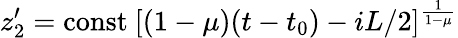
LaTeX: z_{2}^{\prime}=\mathrm{const}~[(1-\mu)(t-t_{0})-iL/2]^{\frac{1}{1-\mu}}